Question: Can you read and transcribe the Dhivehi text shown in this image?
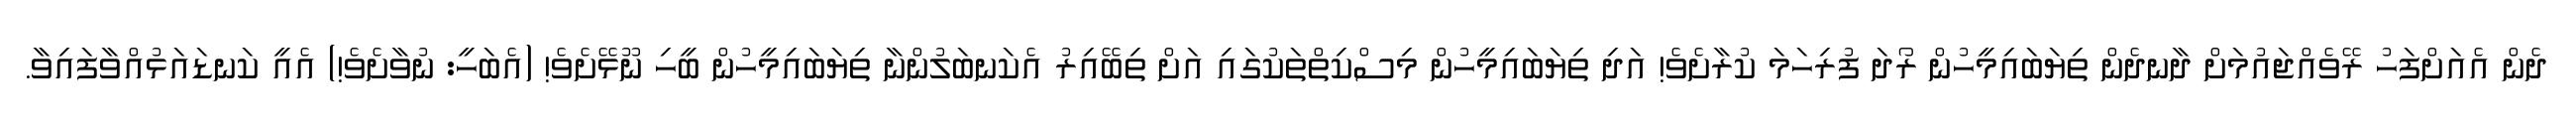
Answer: ދެން އެއަށްފަހު ރޭވެއްޖައުމަށް ދާނދެން ތިޔަބައިމީހުން ރޯދަ ފުރިހަމަ ކުރާށެވެ! އަދި ތިޔަބައިމީހުން މިސްކިތްތަކުގައި އަށް ތިބޭއިރު އެކަނބަލުންނާ ތިޔަބައިމީހުން ބީހި ނޫޅޭށެވެ! (އެބަހީ: ނުވާށެވެ!) އެއީ ކަނޑައަޅުއްވާފައިވާ.